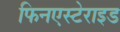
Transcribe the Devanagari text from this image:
फिनएस्टेराइड